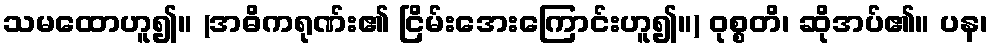
သမထောဟူ၍။ (အဓိကရုဏ်း၏ ငြိမ်းအေးကြောင်းဟူ၍။) ဝုစ္စတိ၊ ဆိုအပ်၏။ ပန၊